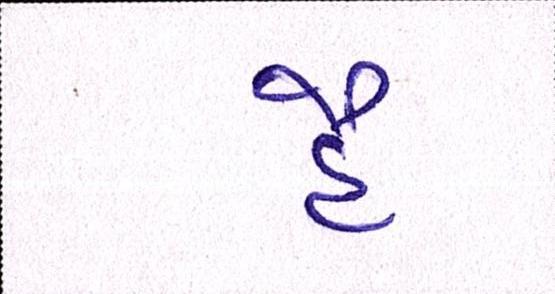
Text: હૈ